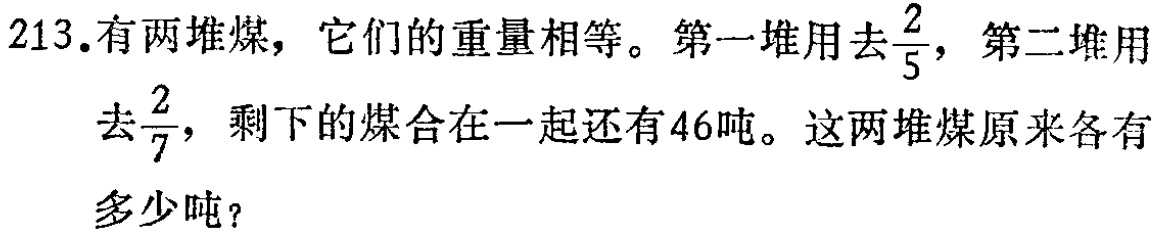
213.有两堆煤，它们的重量相等。第一堆用去$\frac{2}{5}$，第二堆用去$\frac{2}{7}$，剩下的煤合在一起还有46吨。这两堆煤原来各有多少吨？